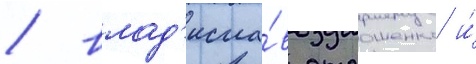
/ влад'исла́в отрошенко и́